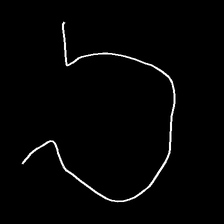
Glyph: weave